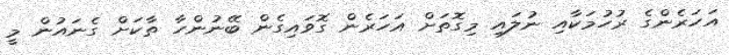
އަހަރެންގެ ރުހުމަކާއި ނުލައި މިގޮތަށް އަހަރެން ގޮވައިގެން ބޭނުންހާ ތާކަށް ގެނައުން މީ